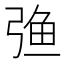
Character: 𰐚